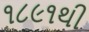
૧૮૯૧થી